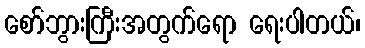
စော်ဘွားကြီးအတွက်ရော ရေးပါတယ်၊